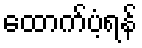
ထောက်ပံ့ရန်